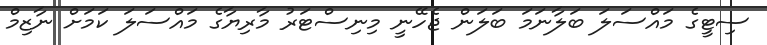
ސިޓީގެ މައްސަލަ ބަލާނަމަ ބަލަން ޖެހޭނީ މިނިސްޓަރު މާރިޔާގެ މައްސަލަ ކަމަށް ނާޒިމް